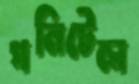
পনিটেল